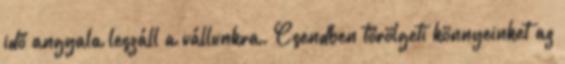
idő angyala leszáll a vállunkra. Csendben törölgeti könnyeinket az